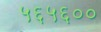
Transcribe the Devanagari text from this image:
५६५६००